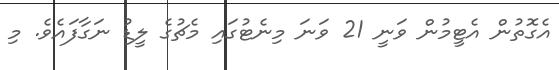
އެގޮތުން އެޓީމުން ވަނީ 21 ވަނަ މިނެޓުގައި މެޗުގެ ލީޑު ނަގާފައެވެ. މި